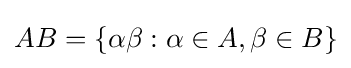
AB=\{\alpha \beta :\alpha \in A,\beta \in B\}